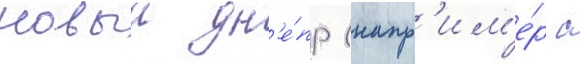
новыи дн'е́пр (напр'им'е́р с